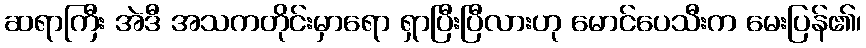
ဆရာကြီး အဲဒီ အသကတိုင်းမှာရော ရှာပြီးပြီလားဟု မောင်ပေသီးက မေးပြန်၏၊